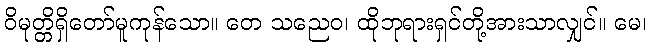
ဝိမုတ္တိရှိတော်မူကုန်သော။ တေ သညေဝ၊ ထိုဘုရားရှင်တို့အားသာလျှင်။ မေ၊